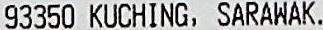
93350 KUCHING, SARAWAK.